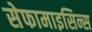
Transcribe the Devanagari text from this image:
सेफामाइसिन्स